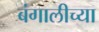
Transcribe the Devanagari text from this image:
बंगालीच्या